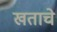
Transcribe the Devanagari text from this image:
खताचे